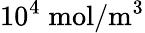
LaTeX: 10^{4}\; \mathrm{mol}/\mathrm{m}^{3}